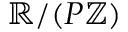
\mathbb { R } / ( P \mathbb { Z } )